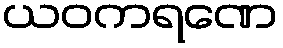
ယဝကရဏေ